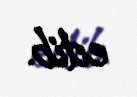
edib.